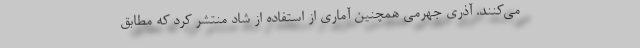
می‌کنند. آذری جهرمی همچنین آماری از استفاده از شاد منتشر کرد که مطابق